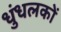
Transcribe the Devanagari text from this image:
धुंधलकों